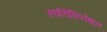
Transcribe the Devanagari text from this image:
हाईडेफिनेशन